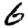
Digit: 6